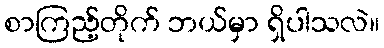
စာကြည့်တိုက် ဘယ်မှာ ရှိပါသလဲ။